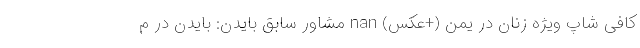
کافی شاپ ویژه زنان در یمن (+عکس) nan مشاور سابق بایدن: بایدن در م